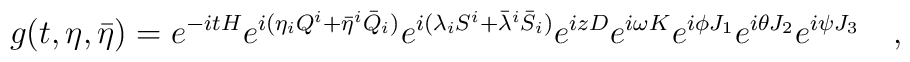
g(t,\eta,\bar\eta) = e^{-itH} e^{i(\eta_iQ^i +\bar\eta^i \bar Q_i)}e^{i(\lambda_iS^i +\bar\lambda^i \bar S_i)} e^{izD} e^{i\omega K}e^{i\phi J_1} e^{i\theta J_2} e^{i\psi J_3}\quad,